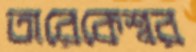
তারেকেশ্বর